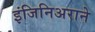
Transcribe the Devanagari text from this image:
इंजिनिअराने